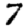
Digit: 7